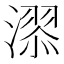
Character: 𣽓